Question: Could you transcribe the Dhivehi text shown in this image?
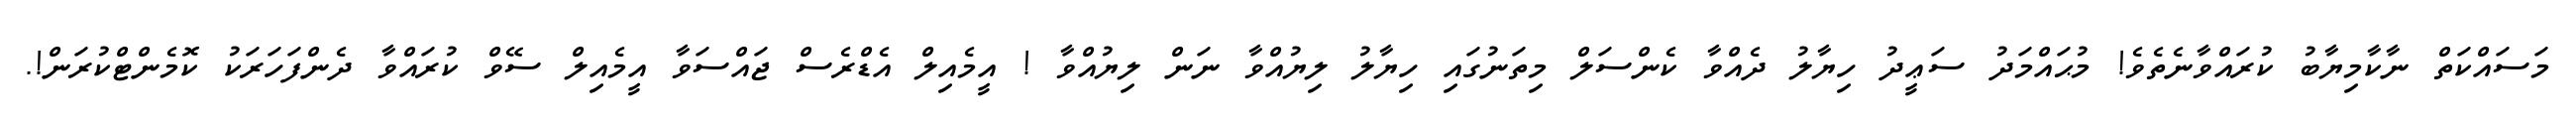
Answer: މަސައްކަތް ނާކާމިޔާބު ކުރައްވާނެތެވެ! މުޙައްމަދު ސަޢީދު ހިޔާލު ދެއްވާ ކެންސަލް މިތަނުގައި ހިޔާލު ލިޔުއްވާ ނަން ލިޔުއްވާ ! އީމެއިލް އެޑްރެސް ޖައްސަވާ އީމެއިލް ސޭވް ކުރައްވާ ދެންފަހަރަކު ކޮމެންޓްކުރަން!.